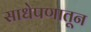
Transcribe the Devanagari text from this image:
साधेपणातून